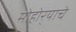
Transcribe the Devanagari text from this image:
मोहोर्‍याचे